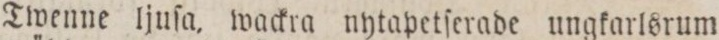
Twenne ljuſa, wackra nytapetſerade ungkarlsrum